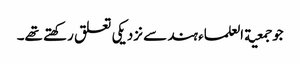
جو جمعیة العلماء ہند سے نزدیکی تعلق رکھتے تھے۔